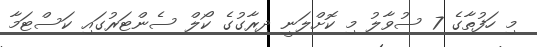
މި ހަފުތާގެ 7 ސުވާލު މި ކޮށްލަނީ ދިރާގުގެ ކޯލް ސެންޓަރުގައި ކަސްޓަމާ